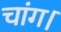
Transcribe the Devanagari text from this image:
चांग।